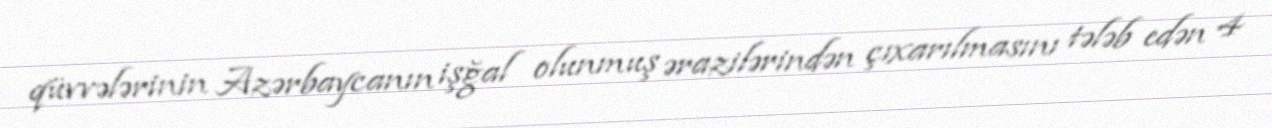
qüvvələrinin Azərbaycanın işğal olunmuş ərazilərindən çıxarılmasını tələb edən 4